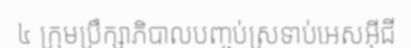
៤ ក្រុមប្រឹក្សាភិបាលបញ្ចប់ស្រទាប់អេសអ៊ីជី